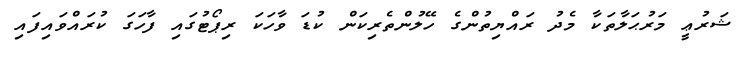
ޝަރުޢީ މަރުޙަލާތަކާ މެދު ރައްޔިތުންގެ ހޭލުންތެރިކަން ކުޑަ ވާހަކަ ރިޕޯޓުގައި ފާހަގަ ކުރައްވައިފައި